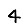
Digit: 4